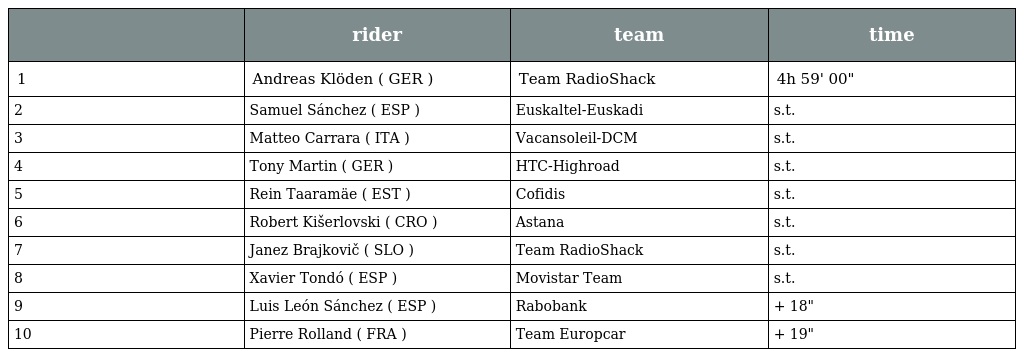
|  | rider | team | time |
 | --- | --- | --- | --- |
 | 1 | Andreas Klöden ( GER ) | Team RadioShack | 4h 59' 00" |
 | 2 | Samuel Sánchez ( ESP ) | Euskaltel-Euskadi | s.t. |
 | 3 | Matteo Carrara ( ITA ) | Vacansoleil-DCM | s.t. |
 | 4 | Tony Martin ( GER ) | HTC-Highroad | s.t. |
 | 5 | Rein Taaramäe ( EST ) | Cofidis | s.t. |
 | 6 | Robert Kišerlovski ( CRO ) | Astana | s.t. |
 | 7 | Janez Brajkovič ( SLO ) | Team RadioShack | s.t. |
 | 8 | Xavier Tondó ( ESP ) | Movistar Team | s.t. |
 | 9 | Luis León Sánchez ( ESP ) | Rabobank | + 18" |
 | 10 | Pierre Rolland ( FRA ) | Team Europcar | + 19" |